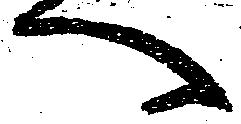
へ